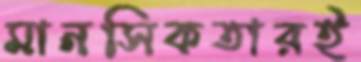
মানসিকতারই